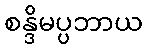
စန္ဒိမပ္ပဘာယ